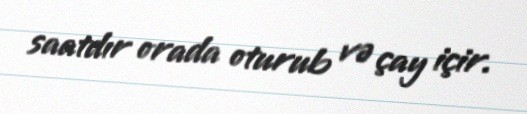
saatdır orada oturub və çay içir.